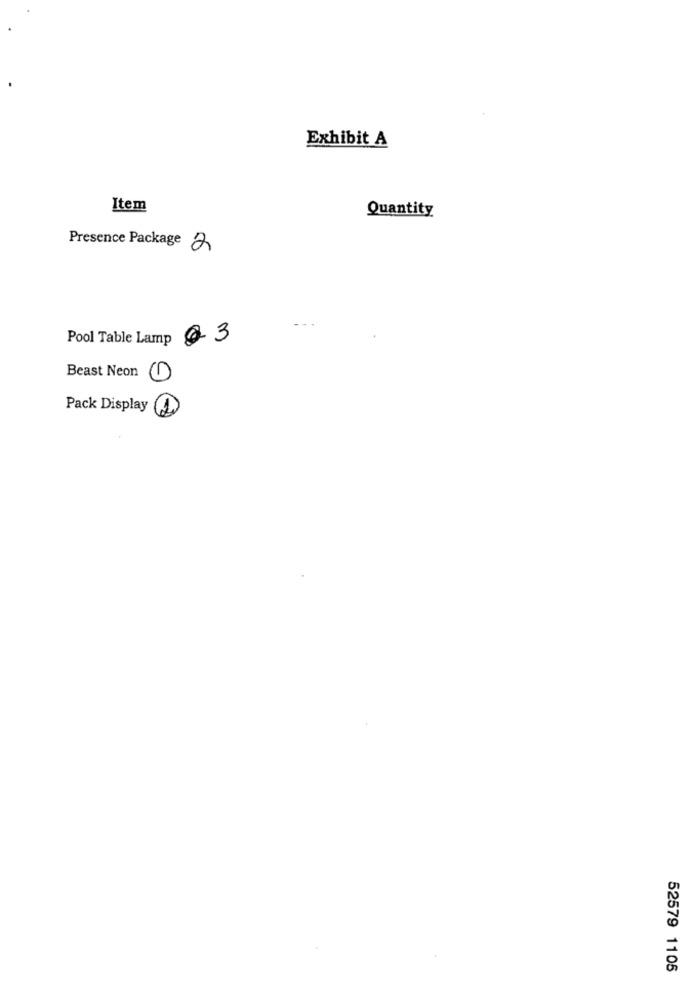
Exhibit A
Item
Quantity
Presence Package 2
Pool Table Lamp 03
Beast Neon
Pack Display
52579 1105